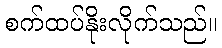
စက်ထပ်နိုးလိုက်သည်။